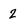
Character: 2